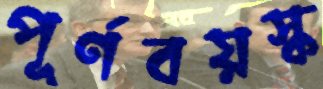
পূর্ণবয়স্ক